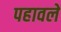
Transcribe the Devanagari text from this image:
पहावले